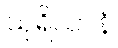
သုရိယာနံ